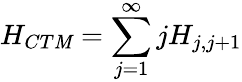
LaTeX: H_{CT\mathit{M}}=\sum_{j=1}^{\infty}jH_{j,j+1}